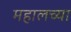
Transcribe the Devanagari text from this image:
महालच्या